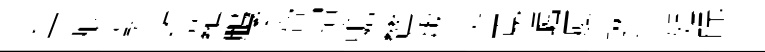
年痕藹維蘿鵬柔脅摺蟾鷥版史覔崛厦琳急姬眎